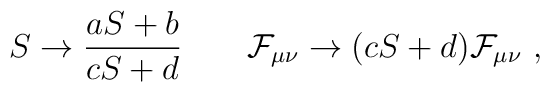
S\to {aS+b\over cS+d}\qquad {\cal F}_{\mu\nu}\to (cS+d){\cal F}_{\mu\nu}\ ,